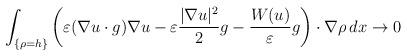
LaTeX: \begin{align*} \int_{\{\rho = h\}} \bigg(\varepsilon (\nabla u \cdot g) \nabla u - \varepsilon \frac{|\nabla u|^2}{2} g - \frac{W(u)}{\varepsilon} g\bigg) \cdot \nabla \rho \, dx \to 0 \end{align*}